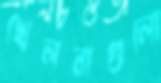
খেলনাগুলো